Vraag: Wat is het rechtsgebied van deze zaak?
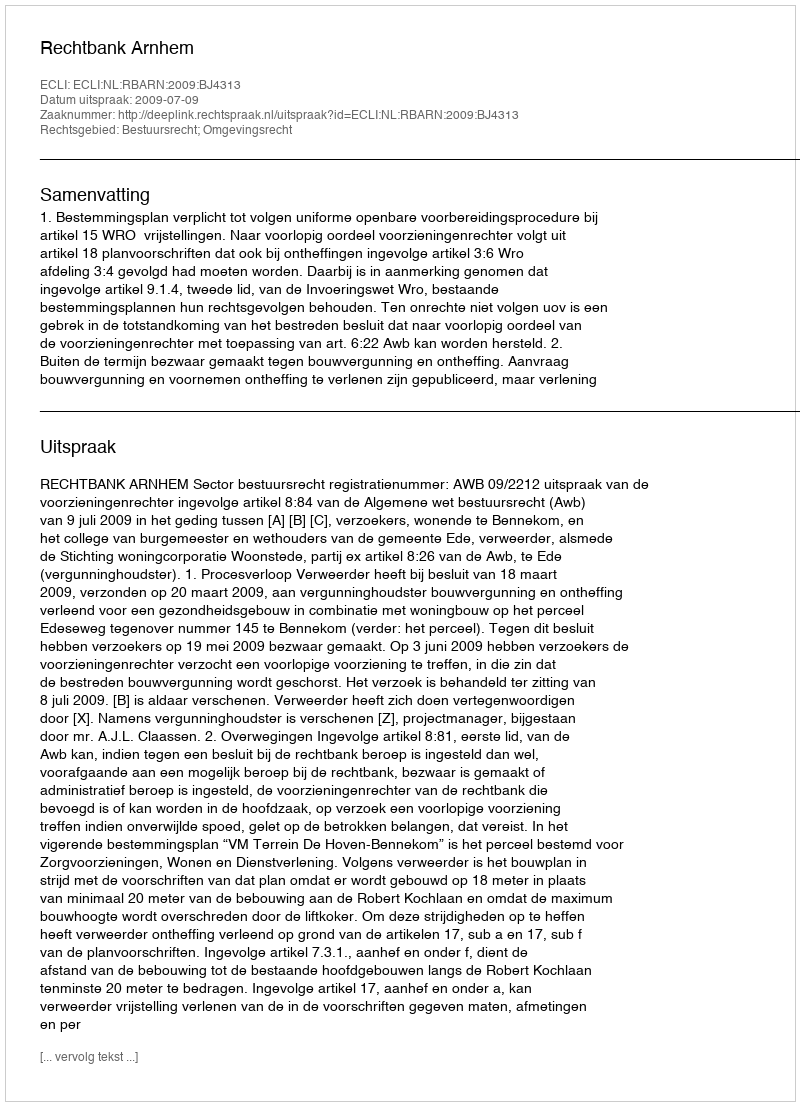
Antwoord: Bestuursrecht; Omgevingsrecht